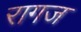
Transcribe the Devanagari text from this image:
रागज